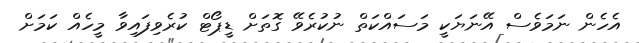
އެހެން ނަމަވެސް އޭނަޔަކީ މަސައްކަތް ނުކުރެވޭ ގޮތަށް ޑީޕޯޓް ކުރެވިފައިވާ މީހެއް ކަމަށް